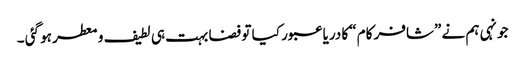
جونہی ہم نے ”شافر کام “کا دریا عبور کیا تو فضا بہت ہی لطیف و معطر ہو گئی ۔